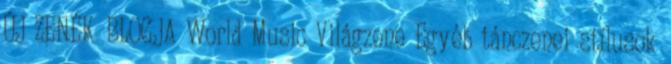
ÚJ ZENÉK BLOGJA World Music Világzene Egyéb tánczenei stílusok